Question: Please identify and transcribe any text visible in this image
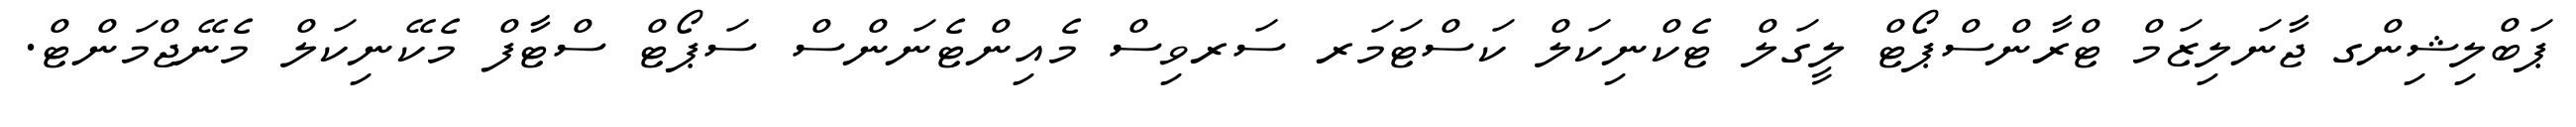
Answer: ޕަބްލިޝިންގ ޖާނަލިޒަމް ޓްރާންސްޕޯޓް ލީގަލް ޓެކްނިކަލް ކަސްޓަމަރ ސަރވިސް މެއިންޓެނަންސް ސަޕޯޓް ސްޓާފް މެކޭނިކަލް މެނޭޖްމަންޓް.